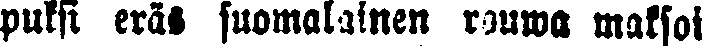
puksi eräs suomalainen rouwa maksoi